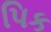
પિક